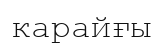
карайғы